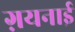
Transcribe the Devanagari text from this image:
ग़यनाई